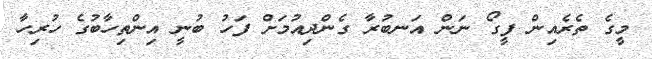
މީގެ ތެރެއިން ފީގޯ ނަން އަނބުރާ ގެންދިއުމަށް ފަހު ބުނީ އިންތިހާބުގެ ހުރިހާ